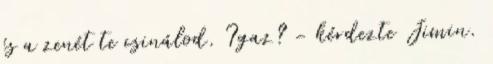
és a zenét te csinálod. Igaz? - kérdezte Jimin.